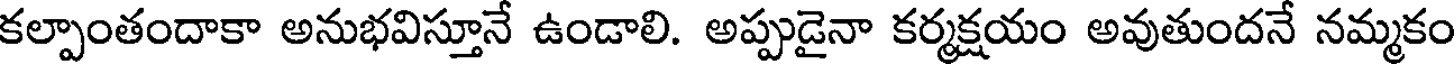
కల్పాంతందాకా అనుభవిస్తూనే ఉండాలి. అప్పుడైనా కర్మక్షయం అవుతుందనే నమ్మకం